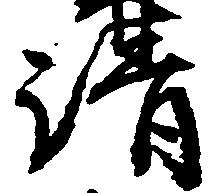
清